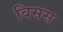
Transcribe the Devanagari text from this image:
बिसस